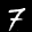
Label: 7